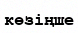
көзіңше